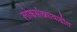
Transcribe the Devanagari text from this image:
लोकसंख्यावाढीत